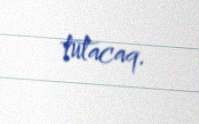
tutacaq.